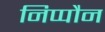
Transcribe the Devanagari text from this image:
निप्पौन